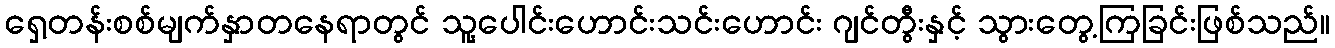
ရှေ့တန်းစစ်မျက်နှာတနေရာတွင် သူ့ပေါင်းဟောင်းသင်းဟောင်း ဂျင်တွီးနှင့် သွားတွေ့ကြခြင်းဖြစ်သည်။